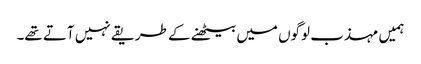
ہمیں مہذب لوگوں میں بیٹھنے کے طریقے نہیں آتے تھے۔